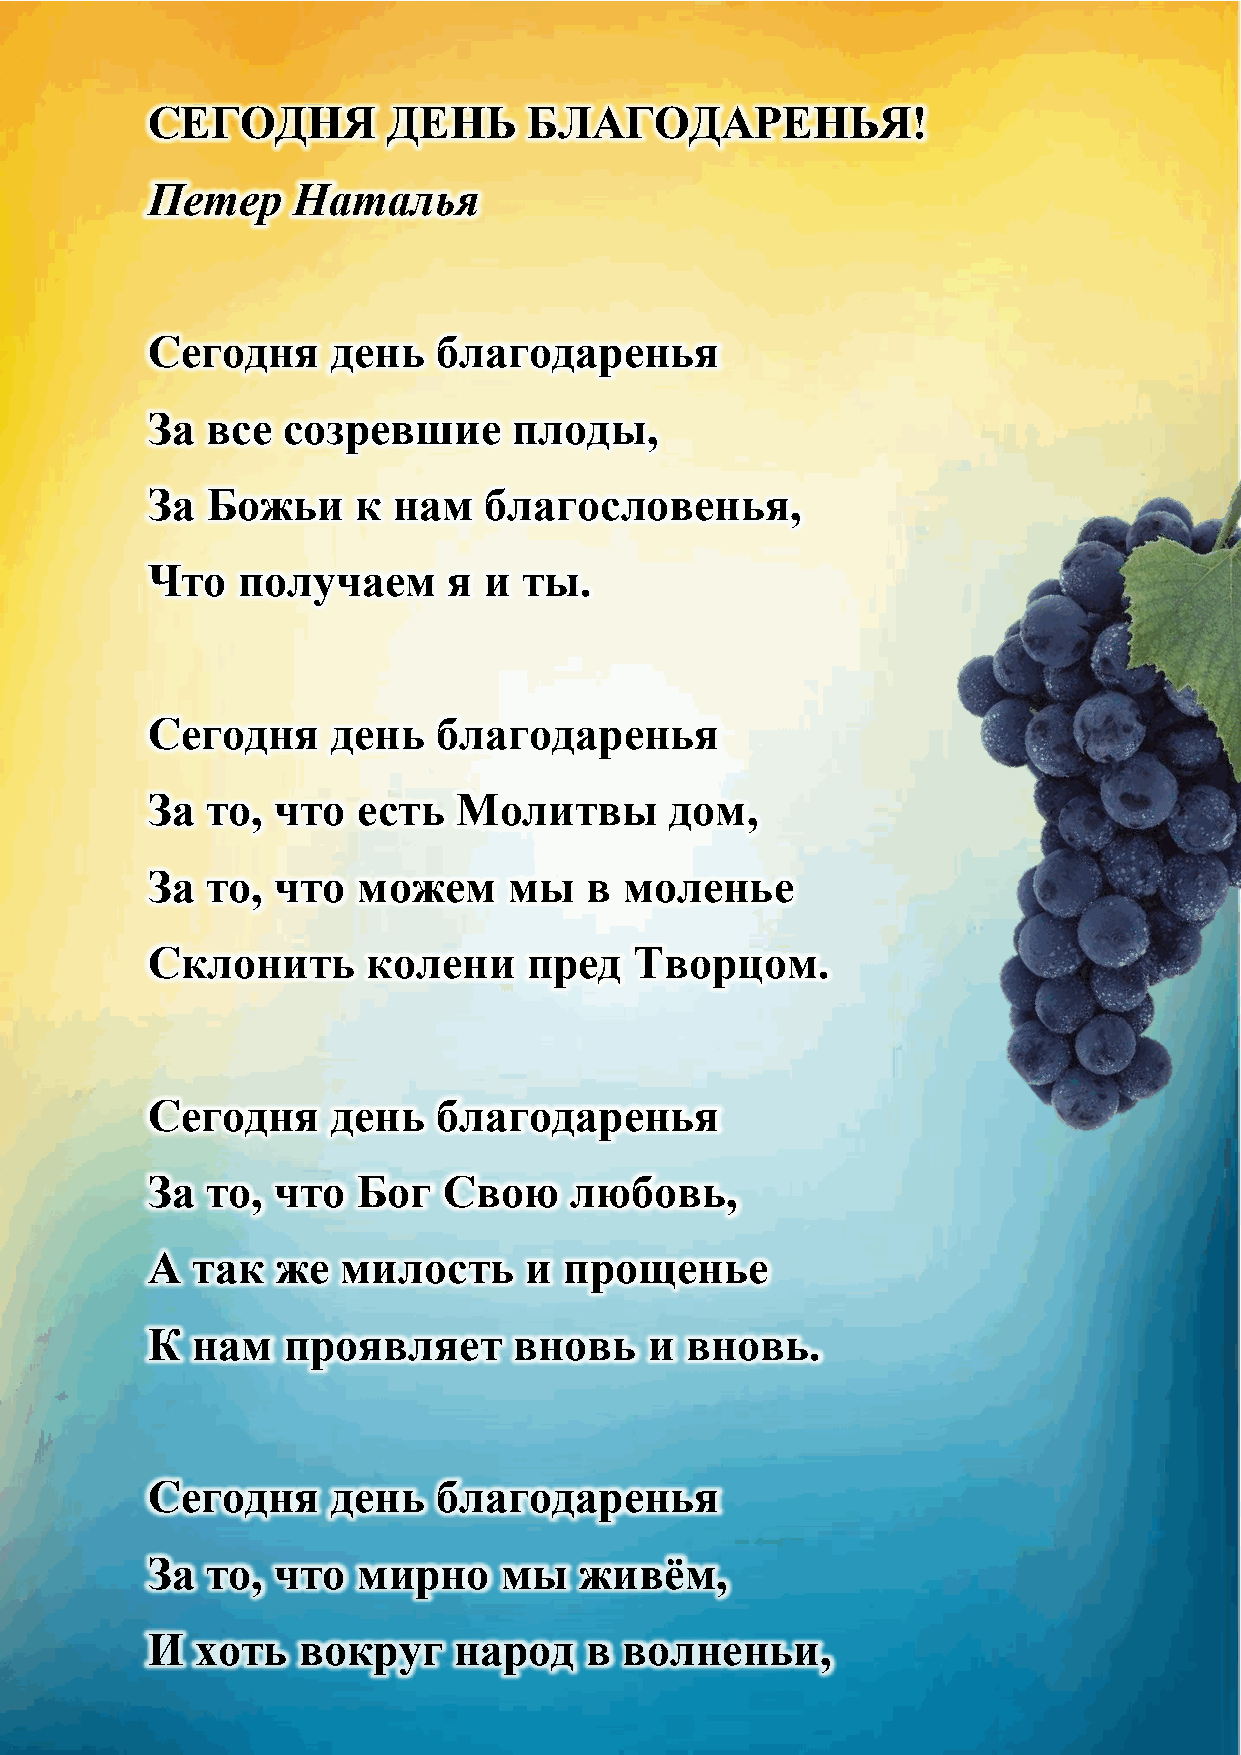
СЕГОДНЯ         ДЕНЬ     БЛАГОДАРЕНЬЯ!
 Петер    Наталья
 Сегодня     день   благодаренья
 За  все  созревшие      плоды,
 За  Божьи     к нам   благословенья,
 Что   получаем      я и  ты.
 Сегодня     день   благодаренья
 За  то, что   есть  Молитвы       дом,
 За  то, что   можем     мы   в моленье
 Склонить      колени     пред   Творцом.
 Сегодня     день   благодаренья
 За  то, что   Бог  Свою     любовь,
 А  так  же   милость     и прощенье
 К  нам   проявляет      вновь    и вновь.
 Сегодня     день   благодаренья
 За  то, что   мирно    мы   живѐм,
 И  хоть   вокруг    народ    в волненьи,